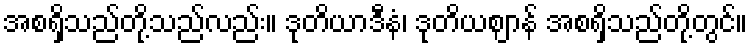
အစရှိသည်တို့သည်လည်း။ ဒုတိယာဒီနံ၊ ဒုတိယဈာန် အစရှိသည်တို့တွင်။